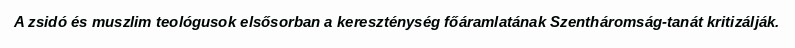
A zsidó és muszlim teológusok elsősorban a kereszténység főáramlatának Szentháromság-tanát kritizálják.